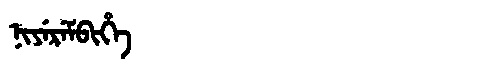
Manchu: ᠨᡳᠶᡝᡵᡝᠮᠪᡳᡥᡝ
Romanization: NIYEREMBIHE